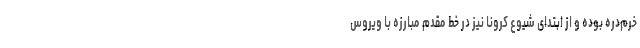
خرم‌دره بوده و از ابتدای شیوع کرونا نیز در خط مقدم مبارزه با ویروس